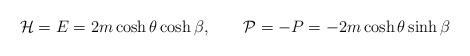
LaTeX: \begin{align*}{\cal H}=E=2m\cosh\theta\cosh\beta,\qquad{\cal P}=-P=-2m\cosh\theta\sinh\beta\end{align*}